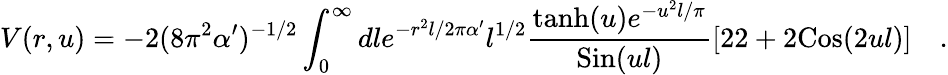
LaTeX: V(r,u)=-2(8\pi^{2}\alpha^{\prime})^{-1/2}\int_{0}^{\infty}dle^{-r^{2}l/2\pi\alpha^{\prime}}{l}^{1/2}{\frac{\mathrm{tanh}(u)e^{-u^{2}l/\pi}}{\mathrm{Sin}(ul)}}[22+2\mathrm{Cos}(2ul)]\quad.